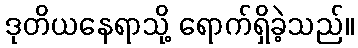
ဒုတိယနေရာသို့ ရောက်ရှိခဲ့သည်။